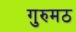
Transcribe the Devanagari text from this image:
गुरुमठ